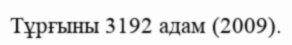
Тұрғыны 3192 адам (2009).